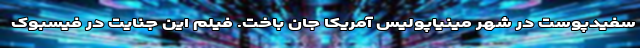
سفیدپوست در شهر مینیاپولیس آمریکا جان باخت. فیلم این جنایت در فیسبوک